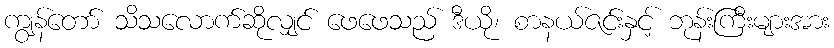
ကျွန်တော် သိသလောက်ဆိုလျှင် ဖေဖေသည် ဒီယို၊ စာနယ်ဇင်းနှင့် ဘုန်းကြီးများအား